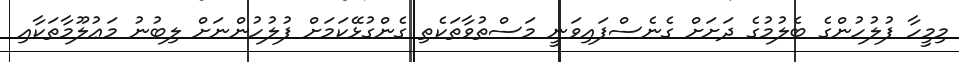
މިމީހާ ފުލުހުންގެ ބެލުމުގެ ދަށަށް ގެނެސްފައިވަނީ މަސްތުވާތަކެތި ގެންގުޅޭކަމަށް ފުލުހުންނަށް ލިބުނު މަޢުލޫމާތަކާއި